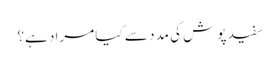
سفید پوش کی مدد سے کیا مراد ہے؟